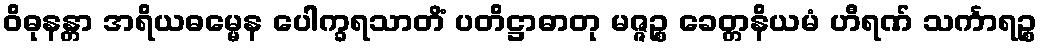
ဝိဓုနန္တာ အရိယဓမ္မေန ပေါက္ခရသာတိံ ပတိဋ္ဌာဓာတု မဇ္ဇဉ္စ ခေတ္တနိယမံ ဟီရဏ် သင်္ကာရဉ္စ